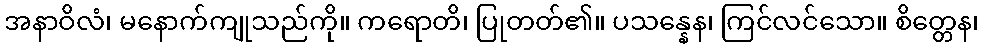
အနာဝိလံ၊ မနောက်ကျုသည်ကို။ ကရောတိ၊ ပြုတတ်၏။ ပသန္နေန၊ ကြင်လင်သော။ စိတ္တေန၊